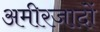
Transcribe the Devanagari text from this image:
अमीरजादों